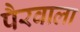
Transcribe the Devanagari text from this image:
पैरवाला